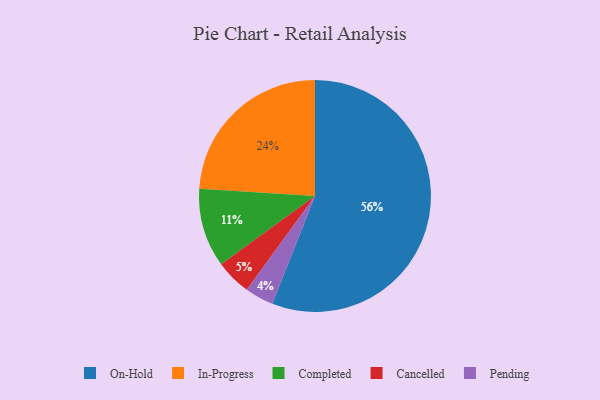
{"axis": {"x": "Category", "y": "Percentage"}, "legend": ["Cancelled", "Completed", "In-Progress", "On-Hold", "Pending"], "data": [{"x": "Pending", "y": 4, "type": "Pending"}, {"x": "Cancelled", "y": 5, "type": "Cancelled"}, {"x": "On-Hold", "y": 56, "type": "On-Hold"}, {"x": "Completed", "y": 11, "type": "Completed"}, {"x": "In-Progress", "y": 24, "type": "In-Progress"}]}